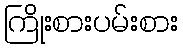
ကြိုးစားပမ်းစား